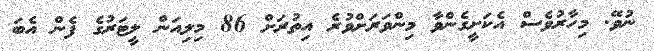
ނުވޭ. މިހާރުވެސް އެކަށީގެންވާ މިންވަރަށްވުރެ އިތުރަށް 86 މިލިއަން ލީޓަރުގެ ފެން އެބަ